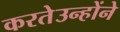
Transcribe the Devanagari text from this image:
करतेउन्होंने